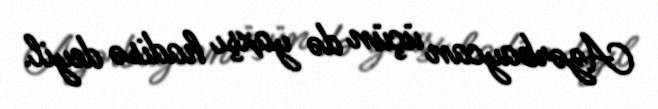
Azərbaycan üçün də yaxşı hadisə deyil.